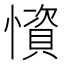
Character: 𢢾